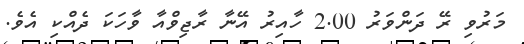
މަރުވި ރޭ ދަންވަރު 2.00 ހާއިރު އޭނާ ރާޖިވްއާ ވާހަކަ ދެއްކި އެވެ.